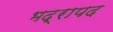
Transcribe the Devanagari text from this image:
भद्रापद